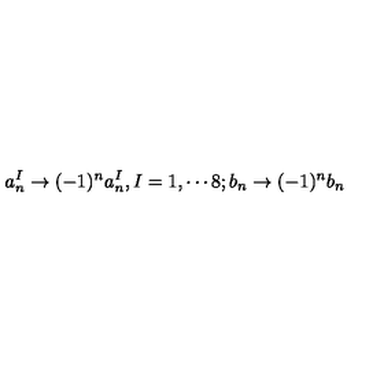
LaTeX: a _ { n } ^ { I } \rightarrow ( - 1 ) ^ { n } a _ { n } ^ { I } , I = 1 , \cdots 8 ; b _ { n } \rightarrow ( - 1 ) ^ { n } b _ { n }